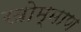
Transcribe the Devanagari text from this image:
खोम्माण